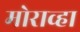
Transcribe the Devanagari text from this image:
मोराव्हा